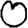
Digit: 0